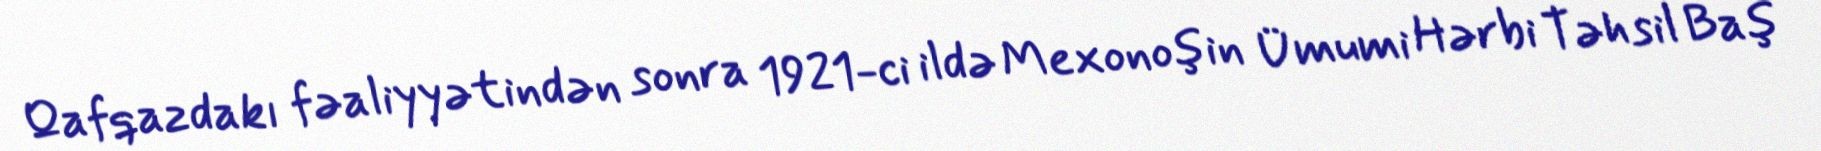
Qafqazdakı fəaliyyətindən sonra 1921-ci ildə Mexonoşin Ümumi Hərbi Təhsil Baş